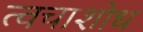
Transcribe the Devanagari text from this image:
त्वचाशोध